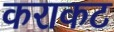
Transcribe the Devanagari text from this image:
कराकट